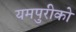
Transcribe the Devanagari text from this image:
यमपुरीको